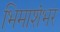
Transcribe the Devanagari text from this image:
भिमाशंभर